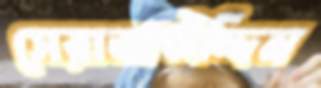
সেরাজউদ্দিন